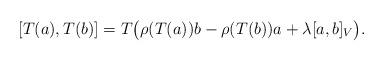
LaTeX: \begin{align*} &[T(a),T(b)]=T\big(\rho(T(a))b-\rho(T(b))a+\lambda[a,b]_V\big). \end{align*}